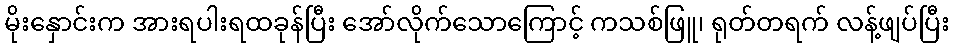
မိုးနှောင်းက အားရပါးရထခုန်ပြီး အော်လိုက်သောကြောင့် ကသစ်ဖြူ၊ ရုတ်တရက် လန့်ဖျပ်ပြီး